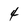
Character: 4